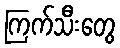
ကြက်သီးတွေ